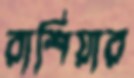
রাশিয়ার